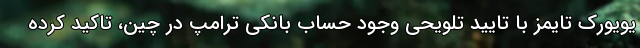
یویورک تایمز با تایید تلویحی وجود حساب بانکی ترامپ در چین، تاکید کرده